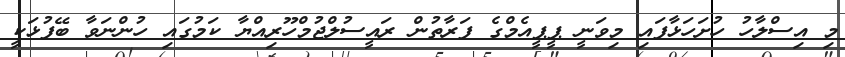
މި އިސްލާހު ހުށަހަޅާފައި މިވަނީ ޕީޕީއެމްގެ ފަރާތުން ރައީސުލްޖުމްހޫރިއްޔާ ކަމުގައި ހުންނަވާ ބޭފުޅަކީ